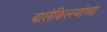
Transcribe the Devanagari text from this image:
बालेकिल्ल्यांच्या